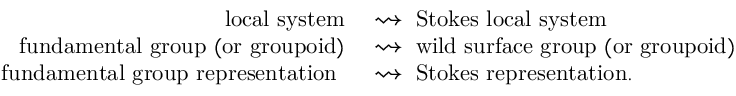
\begin{array} { r l } { \mathrm { l o c a l ~ s y s t e m } \ } & { \rightsquigarrow \ \mathrm { S t o k e s ~ l o c a l ~ s y s t e m } } \\ { \mathrm { ~ f u n d a m e n t a l ~ g r o u p ~ ( o r ~ g r o u p o i d ) } \ } & { \rightsquigarrow \ \mathrm { w i l d ~ s u r f a c e ~ g r o u p ~ ( o r ~ g r o u p o i d ) } } \\ { \mathrm { f u n d a m e n t a l ~ g r o u p ~ r e p r e s e n t a t i o n ~ } \ } & { \rightsquigarrow \ \mathrm { S t o k e s ~ r e p r e s e n t a t i o n . } } \end{array}